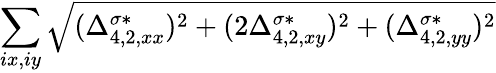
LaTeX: \sum_{ix,iy}\sqrt{(\Delta_{4,2,xx}^{\sigma*})^{2}+(2\Delta_{4,2,xy}^{\sigma*})^{2}+(\Delta_{4,2,yy}^{\sigma*})^{2}}